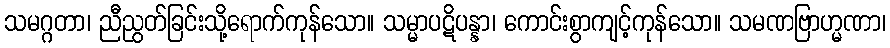
သမဂ္ဂတာ၊ ညီညွတ်ခြင်းသို့ရောက်ကုန်သော။ သမ္မာပဋိပန္နာ၊ ကောင်းစွာကျင့်ကုန်သော။ သမဏဗြာဟ္မဏာ၊